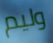
وليم